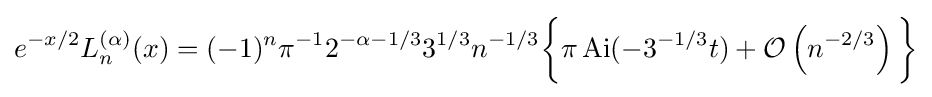
e^{-x/2}L_{n}^{(\alpha )}(x)=(-1)^{n}\pi ^{-1}2^{-\alpha -1/3}3^{1/3}n^{-1/3}{\bigg \{}\pi \operatorname {Ai} (-3^{-1/3}t)+{\mathcal {O}}\left(n^{-2/3}\right){\bigg \}}